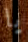
يا